Lunatic asylums Punjab 1895-1910 - 1895-1910
Year: 1895
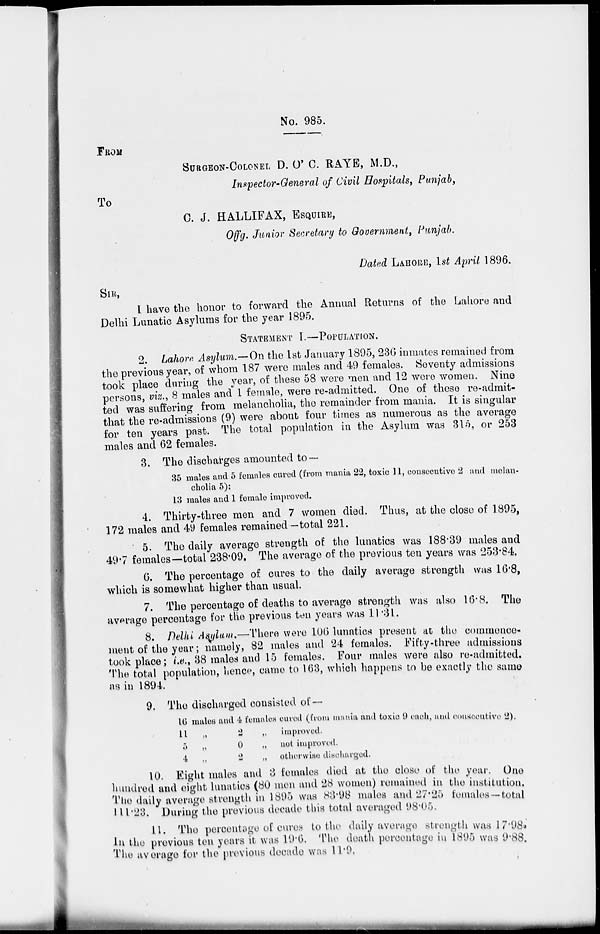
No. 985.
FROM
SURGEON-COLONEL D. O' C. RAYE, M.D.,
Inspector-General of Civil Hospitals, Punjab,
To
C. J. HALLIFAX, ESQUIRE,
Offg. Junior Secretary to Government, Punjab.
Dated LAHORE, 1st April 1896.
SIR,
I have the honor to forward the Annual Returns of the Lahore and
Delhi Lunatic Asylums for the year 1895.
STATEMENT I.—POPULATION.
2. Lahore Asylum.—On the 1st January 1895, 236 inmates remained from
the previous year, of whom 187 were males and 49 females. Seventy admissions
took place during the year, of these 58 were men and 12 were women. Nine
persons, viz., 8 males and 1 female, were re-admitted. One of these re-admit-
ted was suffering from melancholia, the remainder from mania. It is singular
that the re-admissions (9) were about four times as numerous as the average
for ten years past. The total population in the Asylum was 315, or 253
males and 62 females.
3. The discharges amounted to —
35 males and 5 females cured (from mania 22, toxic 11, consecutive 2 and melan-
cholia 5):
13 males and 1 female improved.
4. Thirty-three men and 7 women died. Thus, at the close of 1895,
172 males and 49 females remained -total 221.
5. The daily average strength of the lunatics was 188.39 males and
49.7 females—total 238.09. The average of the previous ten years was 253.84.
6. The percentage of cures to the daily average strength was 16.8,
which is somewhat higher than usual.
7. The percentage of deaths to average strength was also 16.8. The
average percentage for the previous ten years was 11.31.
8. Delhi Asylum.—There were 106 lunatics present at the commence-
meut of the year; namely, 82 males and 24 females. Fifty-three admissions
took place; i.e., 38 males and 15 females. Four males were also re-admitted.
The total population, hence, came to 163, which happens to be exactly the same
as in 1894.
9. The discharged consisted of—
16 males and 4 females cured (from mania and toxic 9 each, and consecutive 2).
11 „
2
„ improved.
5 „
0
„ not improved.
4
2
„ otherwise discharged.
10. Eight males and 3 females died at the close of the year. One
hundred and eight lunatics (80 men and 28 women) remained in the institution.
The daily average strength in 1895 was 83.98 males and 27.25 females—total
111.23. During the previous decade this total averaged 98.05.
11. The percentage of cures to the daily average strength was 17.98.
In the previous ten years it was 19.6. The death percentage in 1895 was 9.88.
The average for the previous decade was 11.9.